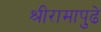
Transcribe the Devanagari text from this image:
श्रीरामापुढे